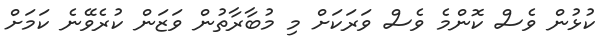
ކުޅުން ވެސް ކޮންމެ ވެސް ވަރަކަށް މި މުބާރާތުން ވަޒަން ކުރެވޭނެ ކަމަށް